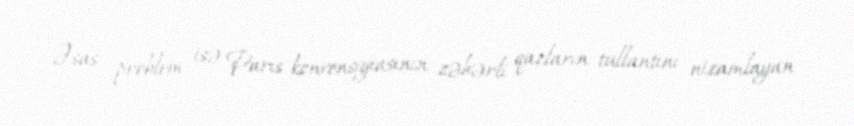
Əsas problem isə Paris konvensiyiasının zəhərli qazların tullantını nizamlayan